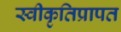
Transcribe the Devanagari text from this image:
स्वीकृतिप्रापत